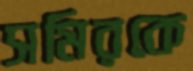
সমিরকে